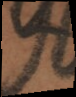
s